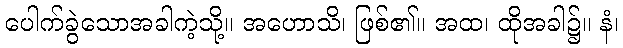
ပေါက်ခွဲသောအခါကဲ့သို့။ အဟောသိ၊ ဖြစ်၏။ အထ၊ ထိုအခါ၌။ နံ၊